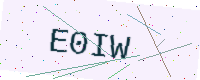
Text: E0IW